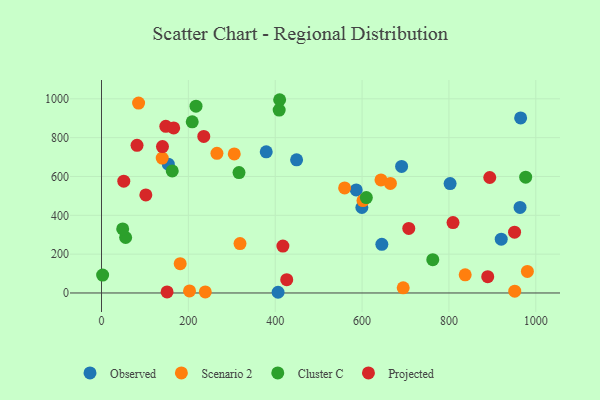
{"axis": {"x": "Ad Spend", "y": "Yield"}, "legend": ["Cluster C", "Observed", "Projected", "Scenario 2"], "data": [{"x": "920.4", "y": 277.2, "type": "Observed"}, {"x": "963.7", "y": 440.4, "type": "Observed"}, {"x": "599.5", "y": 440.2, "type": "Observed"}, {"x": "406.6", "y": 3.6, "type": "Observed"}, {"x": "802.7", "y": 563.4, "type": "Observed"}, {"x": "691.0", "y": 651.9, "type": "Observed"}, {"x": "586.5", "y": 530.9, "type": "Observed"}, {"x": "379.3", "y": 727.1, "type": "Observed"}, {"x": "449.2", "y": 686.0, "type": "Observed"}, {"x": "965.1", "y": 901.9, "type": "Observed"}, {"x": "645.5", "y": 250.4, "type": "Observed"}, {"x": "153.8", "y": 663.3, "type": "Observed"}, {"x": "837.4", "y": 93.6, "type": "Scenario 2"}, {"x": "643.5", "y": 582.2, "type": "Scenario 2"}, {"x": "951.5", "y": 9.2, "type": "Scenario 2"}, {"x": "602.1", "y": 475.9, "type": "Scenario 2"}, {"x": "239.0", "y": 5.3, "type": "Scenario 2"}, {"x": "318.9", "y": 254.2, "type": "Scenario 2"}, {"x": "694.7", "y": 26.3, "type": "Scenario 2"}, {"x": "559.8", "y": 541.3, "type": "Scenario 2"}, {"x": "305.7", "y": 716.0, "type": "Scenario 2"}, {"x": "265.8", "y": 719.5, "type": "Scenario 2"}, {"x": "85.4", "y": 978.4, "type": "Scenario 2"}, {"x": "202.7", "y": 10.8, "type": "Scenario 2"}, {"x": "665.2", "y": 564.4, "type": "Scenario 2"}, {"x": "181.2", "y": 150.8, "type": "Scenario 2"}, {"x": "980.6", "y": 111.0, "type": "Scenario 2"}, {"x": "139.8", "y": 695.1, "type": "Scenario 2"}, {"x": "762.8", "y": 171.6, "type": "Cluster C"}, {"x": "208.9", "y": 881.8, "type": "Cluster C"}, {"x": "409.1", "y": 942.2, "type": "Cluster C"}, {"x": "609.8", "y": 491.3, "type": "Cluster C"}, {"x": "217.6", "y": 962.4, "type": "Cluster C"}, {"x": "2.6", "y": 92.3, "type": "Cluster C"}, {"x": "55.6", "y": 285.8, "type": "Cluster C"}, {"x": "976.7", "y": 596.4, "type": "Cluster C"}, {"x": "410.2", "y": 995.4, "type": "Cluster C"}, {"x": "162.9", "y": 628.8, "type": "Cluster C"}, {"x": "48.8", "y": 329.8, "type": "Cluster C"}, {"x": "316.6", "y": 620.0, "type": "Cluster C"}, {"x": "707.5", "y": 332.3, "type": "Projected"}, {"x": "102.1", "y": 505.2, "type": "Projected"}, {"x": "151.0", "y": 5.4, "type": "Projected"}, {"x": "140.4", "y": 754.1, "type": "Projected"}, {"x": "951.1", "y": 313.0, "type": "Projected"}, {"x": "235.5", "y": 806.4, "type": "Projected"}, {"x": "889.3", "y": 84.0, "type": "Projected"}, {"x": "894.0", "y": 594.8, "type": "Projected"}, {"x": "148.1", "y": 858.4, "type": "Projected"}, {"x": "51.3", "y": 575.7, "type": "Projected"}, {"x": "417.7", "y": 241.4, "type": "Projected"}, {"x": "809.4", "y": 362.4, "type": "Projected"}, {"x": "166.2", "y": 850.4, "type": "Projected"}, {"x": "426.5", "y": 68.3, "type": "Projected"}, {"x": "81.8", "y": 760.4, "type": "Projected"}]}